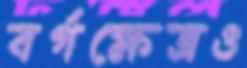
বর্গক্ষেত্রও